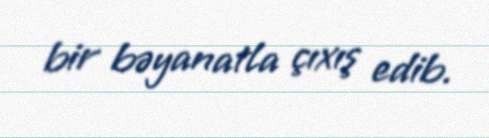
bir bəyanatla çıxış edib.